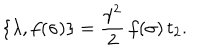
LaTeX: \{ \lambda , f ( \sigma ) \} = \frac { \gamma ^ { 2 } } { 2 } \, f ( \sigma ) \, t _ { 2 } .